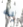
به